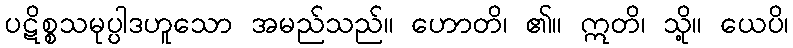
ပဋိစ္စသမုပ္ပါဒဟူသော အမည်သည်။ ဟောတိ၊ ၏။ ဣတိ၊ သို့။ ယေပိ၊